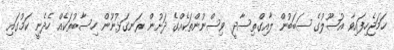
ހަމަޖެހިފައިވާ އުޞޫލުގެ ސަބަބުން ލާއިގްތިސާދީ ވިސްނުންތަކެއްގެ ދަށުން ރަނގަޅުނޫން ހިސާބުތަކެއް ހެދެނީ ކަމުގައި